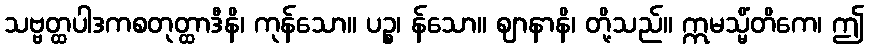
သဗ္ဗတ္ထပါဒကစတုတ္ထာဒီနိ၊ ကုန်သော။ ပဉ္စ၊ န်သော။ ဈာနာနိ၊ တို့သည်။ ဣမသ္မိံတိကေ၊ ဤ